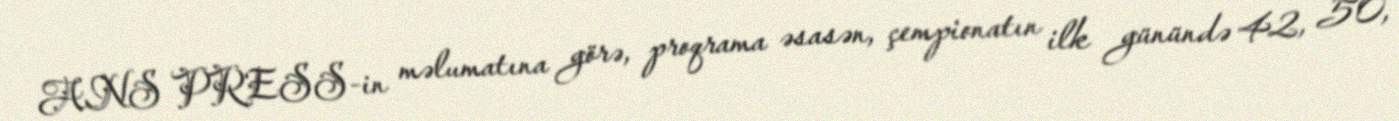
ANS PRESS-in məlumatına görə, proqrama əsasən, çempionatın ilk günündə 42, 50,